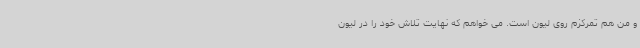
و من هم تمرکزم روی لیون است. می خواهم که نهایت تلاش خود را در لیون